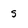
Character: s